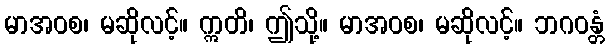
မာအဝစ၊ မဆိုလင့်။ ဣတိ၊ ဤသို့။ မာအဝစ၊ မဆိုလင့်။ ဘဂဝန္တံ